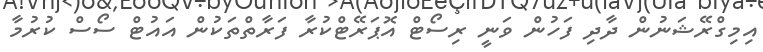
އިމިގްރޭޝަނުން ދާދި ފަހުން ވަނީ ރިސޯޓް އޮޕަރޭޓްކުރާ ފަރާތްތަކުން އައުޓް ސޯސް ކުރުމާ